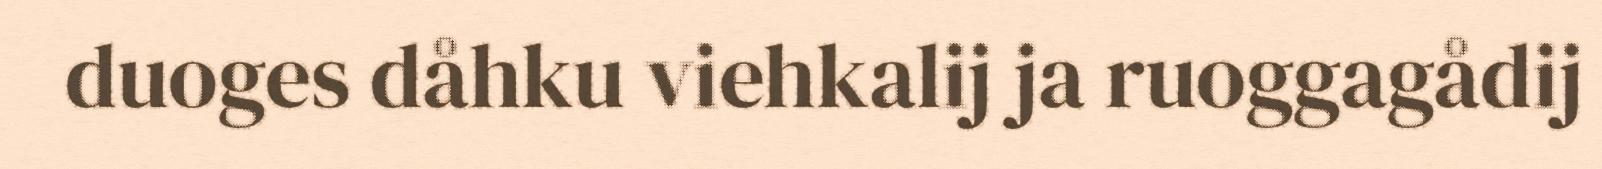
duoges dåhku viehkalij ja ruoggagådij